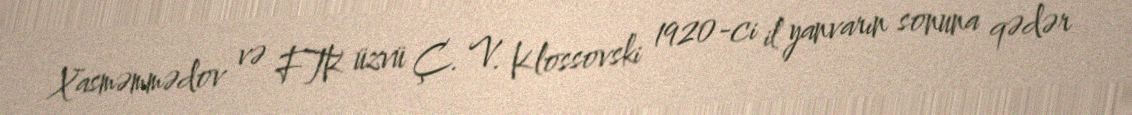
Xasməmmədov və FTK üzvü Ç. V. Klossovski 1920-ci il yanvarın sonuna qədər